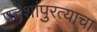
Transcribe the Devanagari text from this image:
प्रदेशांपुरत्याचा